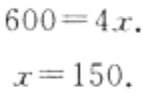
\[
\begin{align*}
600&=4x.\\
x&=150.
\end{align*}
\]